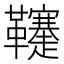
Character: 𩎅